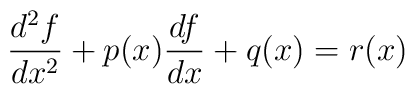
\frac{d^{2}f}{dx^{2}}+p(x)\frac{df}{dx}+q(x)=r(x)